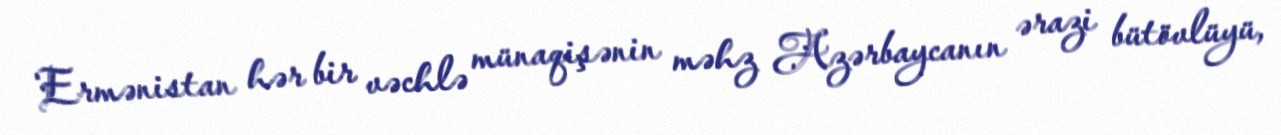
Ermənistan hər bir vəchlə münaqişənin məhz Azərbaycanın ərazi bütövlüyü,